Annual administration report of the Civil Veterinary Department of India - 1895-1896
Year: 1895
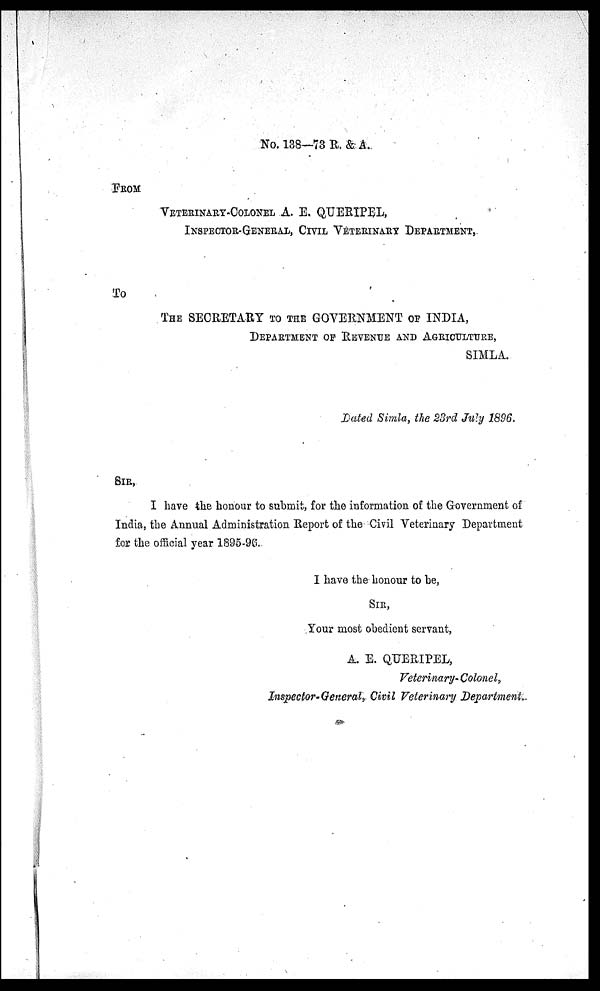
No. 138—73 R. & A.
FROM
VETERINARY-COLONEL A. E. QUERIPEL,
INSPECTOR-GENERAL, CIVIL VETERINARY DEPARTMENT,
To
THE SECRETARY TO THE GOVERNMENT OF INDIA,
DEPARTMENT OF REVENUE AND AGRICULTURE,
SIMLA.
Dated Simla, the 23rd July 1896.
SIR,
I have the honour to submit, for the information of the Government of
India, the Annual Administration Report of the Civil Veterinary Department
for the official year 1895-96.
I have the honour to be,
SIR,
Your most obedient servant,
A. E. QUERIPEL,
Veterinary-Colonel,
Inspector-General, Civil Veterinary Department.